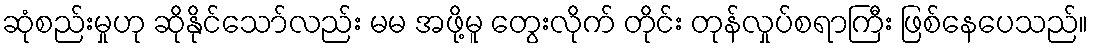
ဆုံစည်းမှုဟု ဆိုနိုင်သော်လည်း မမ အဖို့မူ တွေးလိုက် တိုင်း တုန်လှုပ်စရာကြီး ဖြစ်နေပေသည်။